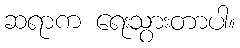
ဆရာက ရေးသွားတာပါ။